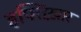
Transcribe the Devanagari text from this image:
इफ्तिख़ार